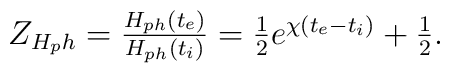
\begin{array}{l}Z_{H_ph}=\frac{H_{ph}(t_e)}{H_{ph}(t_i)}        =\frac{1}{2} e^{\chi(t_e-t_i)}+\frac{1}{2}.\end{array}